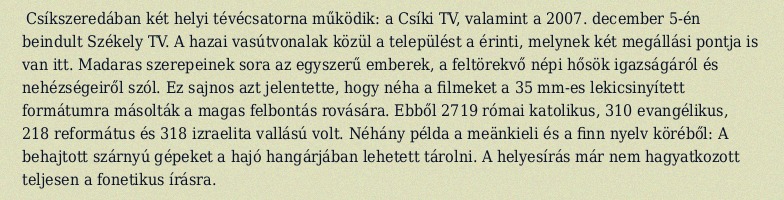
Csíkszeredában két helyi tévécsatorna működik: a Csíki TV, valamint a 2007. december 5-én beindult Székely TV. A hazai vasútvonalak közül a települést a érinti, melynek két megállási pontja is van itt. Madaras szerepeinek sora az egyszerű emberek, a feltörekvő népi hősök igazságáról és nehézségeiről szól. Ez sajnos azt jelentette, hogy néha a filmeket a 35 mm-es lekicsinyített formátumra másolták a magas felbontás rovására. Ebből 2719 római katolikus, 310 evangélikus, 218 református és 318 izraelita vallású volt. Néhány példa a meänkieli és a finn nyelv köréből: A behajtott szárnyú gépeket a hajó hangárjában lehetett tárolni. A helyesírás már nem hagyatkozott teljesen a fonetikus írásra.